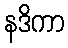
နဒိကာ